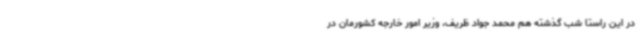
در این راستا شب گذشته هم محمد جواد ظریف، وزیر امور خارجه کشورمان در